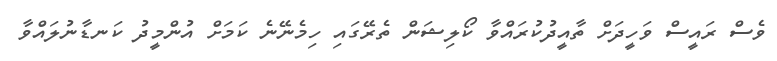
ވެސް ރައީސް ވަހީދަށް ތާއީދުކުރައްވާ ކޯލިޝަން ތެރޭގައި ހިމެނޭނެ ކަމަށް އުންމީދު ކަނޑާނުލައްވާ